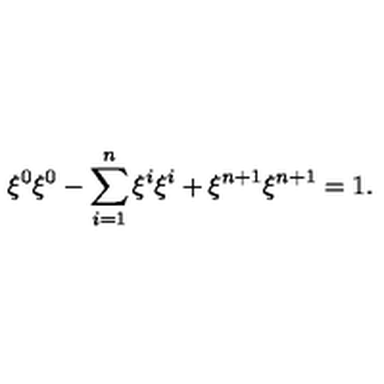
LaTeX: \xi ^ { 0 } \xi ^ { 0 } - \sum _ { i = 1 } ^ { n } \xi ^ { i } \xi ^ { i } + \xi ^ { n + 1 } \xi ^ { n + 1 } = 1 .